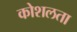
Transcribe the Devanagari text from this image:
कोशलता